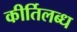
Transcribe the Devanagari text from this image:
कीर्तिलब्ध